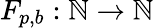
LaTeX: F_{p,b}:\mathbb{N}\rightarrow\mathbb{N}